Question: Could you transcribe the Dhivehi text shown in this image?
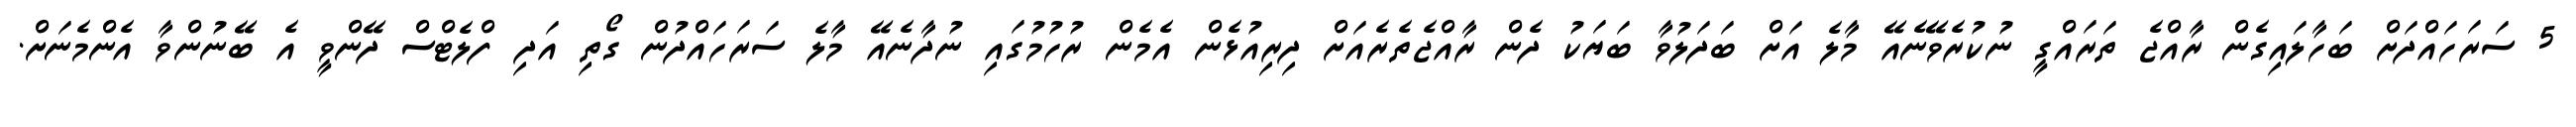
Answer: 5 ސަރަހައްދަށް ބަހާލައިގެން ރާއްޖެ ތަރައްގީ ނުކުރެވޭނެއޭ މާލެ އަށް ބަދަލުވާ ބަޔަކު ދެން ރާއްޖެތެރެއަށް ދިރިއުޅެން އެމެން ރުހުމުގައި ނުދާނެއޭ މާލެ ސަރަހައްދުން ގޯތި އަދި ފްލެޓްސް ދޭންވީ އެ ބޭނުންވާ އެންމެނަށް.